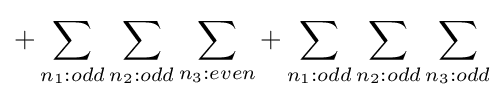
+\sum _{n_{1}:odd}\sum _{n_{2}:odd}\sum _{n_{3}:even}+\sum _{n_{1}:odd}\sum _{n_{2}:odd}\sum _{n_{3}:odd}